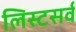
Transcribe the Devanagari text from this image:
लिस्टसर्व